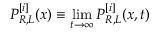
P _ { R , L } ^ { [ i ] } ( x ) \equiv \operatorname* { l i m } _ { t \rightarrow \infty } P _ { R , L } ^ { [ i ] } ( x , t )